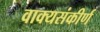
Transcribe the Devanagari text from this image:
वाक्यसंकीर्ण